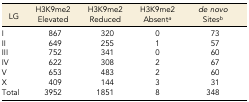
| LG | H3K9me2 Elevated | H3K9me2 Reduced | H3K9me2 Absenta | de novo Sitesb |
 | --- | --- | --- | --- | --- |
 | I | 867 | 320 | 0 | 73 |
 | II | 649 | 255 | 1 | 57 |
 | III | 752 | 341 | 0 | 60 |
 | IV | 622 | 308 | 2 | 67 |
 | V | 653 | 483 | 2 | 60 |
 | X | 409 | 144 | 3 | 31 |
 | Total | 3952 | 1851 | 8 | 348 |